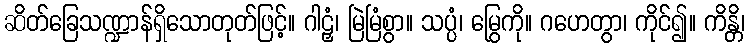
ဆိတ်ခြေသဏ္ဍာန်ရှိသောတုတ်ဖြင့်။ ဂါဠှံ၊ မြဲမြံစွာ။ သပ္ပံ၊ မြွေကို။ ဂဟေတွာ၊ ကိုင်၍။ ကိန္တိ၊